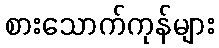
စားသောက်ကုန်များ